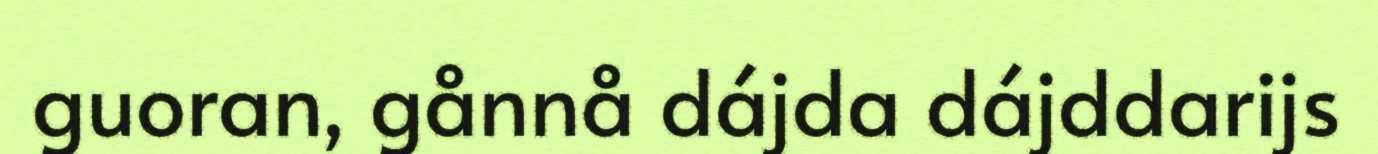
guoran, gånnå dájda dájddarijs